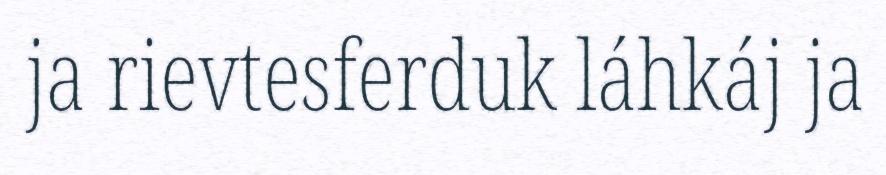
ja rievtesferduk láhkáj ja